Note on the mental hospitals in Burma - 1925-1940
Year: 1925
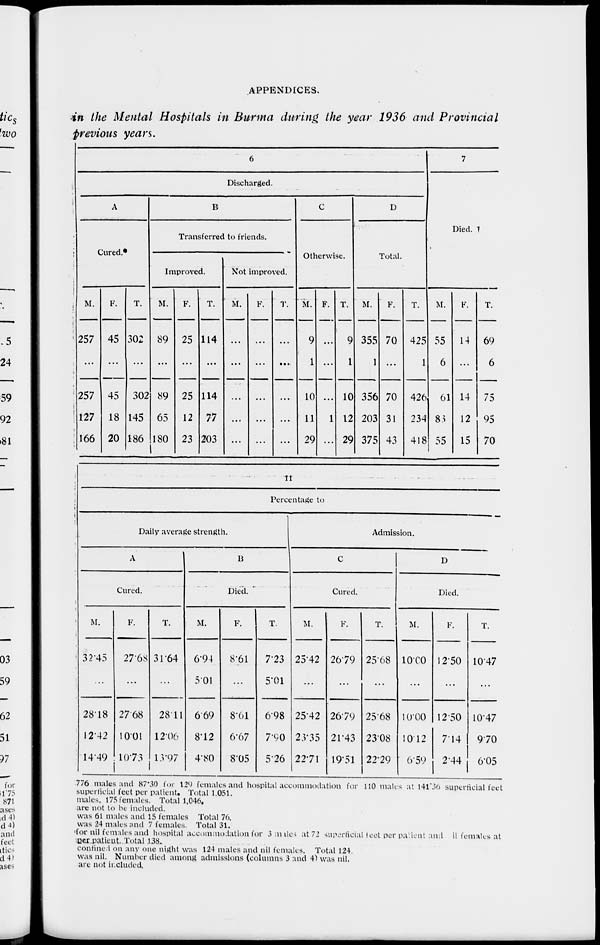
APPENDICES.
in the Mental Hospitals in Burma during the year 1936 and Provincial
previous years.
6
Discharged.
A
Cured.
M.
257
...
257
127
166
F.
45
...
45
18
20
T.
302
...
302
145
186
B
Transferred to friends.
Improved.
M.
89
...
89
65
180
F.
25
...
25
12
23
T.
114
...
114
77
203
Not improved.
M.
...
...
...
...
...
F.
...
...
...
...
T.
...
...
...
...
...
C
Otherwise.
M.
9
1
10
11
29
F.
...
...
...
1
...
T.
9
1
10
12
29
D
Total.
M.
355
1
356
203
375
F.
70
...
70
31
43
T.
425
1
426
234
418
7
Died.
M.
55
6
61
83
55
F.
14
...
14
12
15
T.
69
6
75
95
70
11
Percentage to
Daily average strength.
A
Cured.
M.
32.45
...
28.18
12.42
14.49
F.
27.68
...
27.68
10.01
10.73
T.
31.64
...
28.11
12.06
13.97
B
Died.
M.
6.94
5.01
6.69
8.12
4.80
F.
8.61
...
8.61
6.67
8.05
T.
7.23
5.01
6.98
7.90
5.26
Admission.
C
Cured.
M.
25.42
...
25.42
23.35
22.71
F.
26.79
...
26.79
21.43
19.51
T.
25.68
...
25.68
23.08
22.29
D
Died.
M.
10.00
...
10.00
10.12
6.59
F.
12.50
...
12.50
7.14
2.44
T.
10.47
...
10.47
9.70
6.05
776 males and 87.30 for 129 females and hospital accommodation for 110 males at 141.36 superficial feet
superficial feet per patient. Total 1,051.
males. 175 females. Total 1,046.
are not to be included.
was 61 males and 15 females Total 76.
was 24 males and 7 females. Total 31.
for nil females and hospital accommodation for 3 males at 72 superficial feet per patient and nil females at
per patient, Total 138.
confined on any one night was 124 males and nil females. Total 124
was nil. Number died among admissions (columns 3 and 4) was nil.
are not included.